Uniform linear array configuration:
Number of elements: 32
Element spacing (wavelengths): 0.75
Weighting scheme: hann
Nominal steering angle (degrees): -60
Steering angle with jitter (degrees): -58.338
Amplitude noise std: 0.05
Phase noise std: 0.05

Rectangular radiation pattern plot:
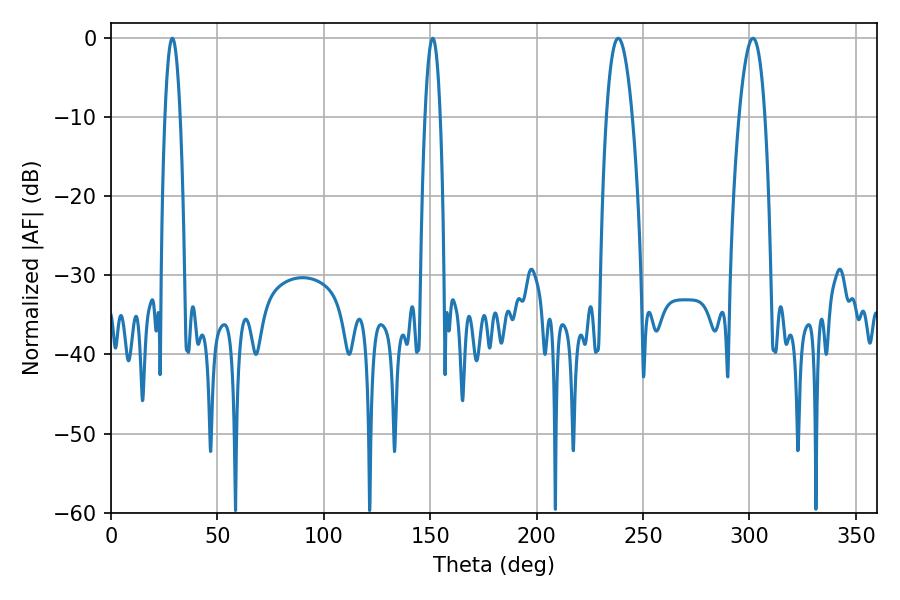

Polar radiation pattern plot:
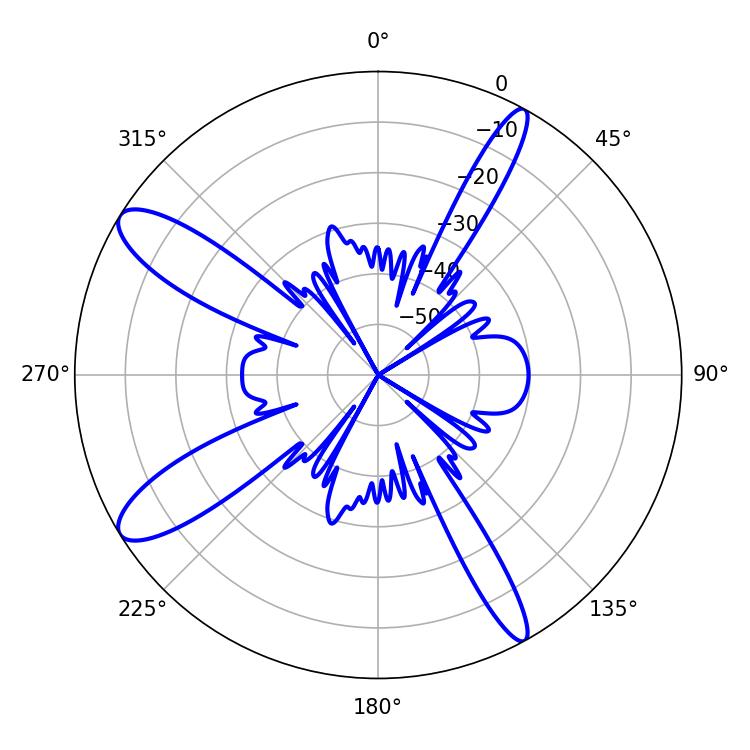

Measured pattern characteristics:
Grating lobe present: TRUE
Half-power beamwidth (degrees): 6.84
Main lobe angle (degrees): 238.32